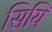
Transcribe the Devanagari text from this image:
सियि